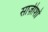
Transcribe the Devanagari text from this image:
साज़ीशों